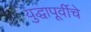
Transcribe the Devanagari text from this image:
युद्धापूर्वीचे